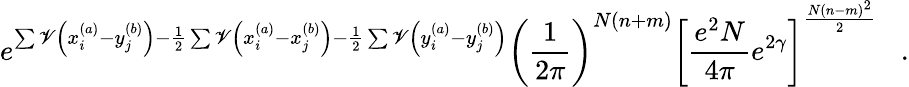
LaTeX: e^{\sum\mathscr{V}\left(x_{i}^{(a)}-y_{j}^{(b)}\right)-\frac{{1}}{{2}}\sum\mathscr{V}\left(x_{i}^{(a)}-x_{j}^{(b)}\right)-\frac{{1}}{{2}}\sum\mathscr{V}\left(y_{i}^{(a)}-y_{j}^{(b)}\right)}\left(\frac{{1}}{{2\pi}}\right)^{N(n+m)}\left[\frac{{e^{2}N}}{{4\pi}}e^{2\gamma}\right]^{\frac{{N(n-m)^{2}}}{{2}}}\; \; \; .